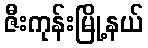
ဇီးကုန်းမြို့နယ်